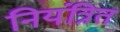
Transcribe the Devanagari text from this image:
नियंत्रित